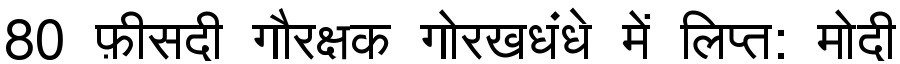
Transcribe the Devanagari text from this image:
80 फ़ीसदी गौरक्षक गोरखधंधे में लिप्त: मोदी